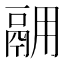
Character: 𫙅